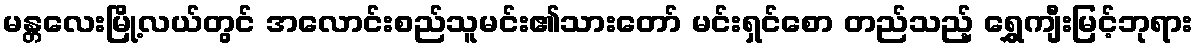
မန္တလေးမြို့လယ်တွင် အလောင်းစည်သူမင်း၏သားတော် မင်းရှင်စော တည်သည့် ရွှေကျီးမြင့်ဘုရား